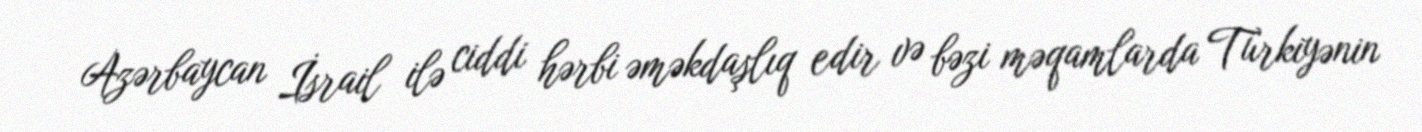
Azərbaycan İsrail ilə ciddi hərbi əməkdaşlıq edir və bəzi məqamlarda Türkiyənin